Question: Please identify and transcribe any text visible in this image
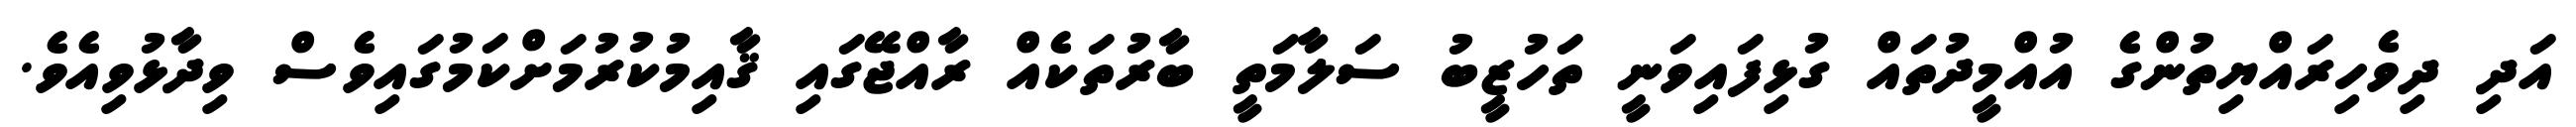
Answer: އަދި ދިވެހިރައްޔިތުންގެ އުއްމީދުތައް ގުޅިފައިވަނީ ތަހުޒީބު ސަލާމަތީ ބާރުތަކެއް ރާއްޖޭގައި ޤާއިމުކުރުމަށްކަމުގައިވެސް ވިދާޅުވިއެވެ.